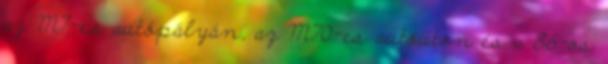
az M7-es autópályán, az M70-es autóúton és a 86-os